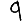
Digit: 9